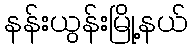
နန်းယွန်းမြို့နယ်